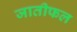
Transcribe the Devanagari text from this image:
जातीफल